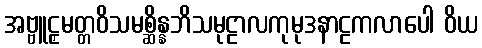
အဗ္ဗူဠှမတ္တဝိသမစ္ဆိန္နဘိသမုဠာလကုမုဒနာဠကလာပေါ ဝိယ